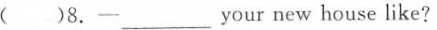
( )8.一___ your new house like?